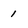
Character: 1